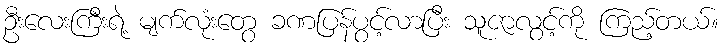
ဦးလေးကြီးရဲ့ မျက်လုံးတွေ ခဏပြန်ပွင့်လာပြီး သူဇာလွင့်ကို ကြည့်တယ်။